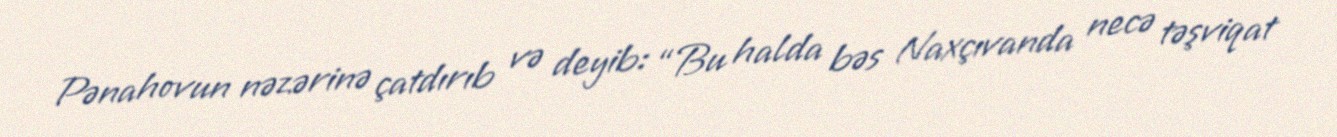
Pənahovun nəzərinə çatdırıb və deyib: “Bu halda bəs Naxçıvanda necə təşviqat